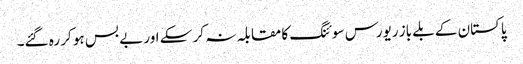
پاکستان کے بلے باز ریورس سوئنگ کا مقابلہ نہ کر سکے اور بے بس ہو کر رہ گئے۔